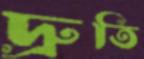
দ্রুতি